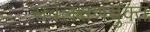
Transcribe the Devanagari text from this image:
सर्वलक्षणयुक्त